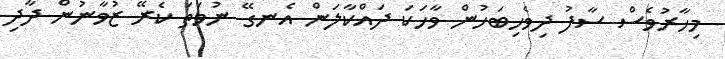
މިހާރުވެސް ސާފު ދިވެހިބަހުން ވާހަކަ ދައްކާލަން އެނގޭ ނުވަތަ ކެރޭ ޒުވާނުން ދާދި